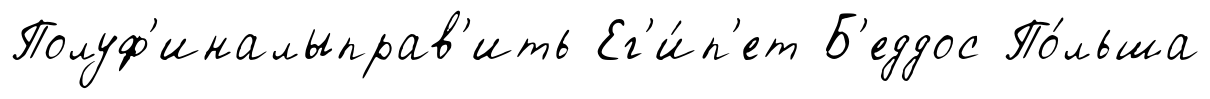
Полуф'иналыправ'ить Ег'и́п'ет Б'еддос По́льша